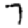
Digit: 7